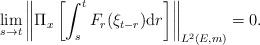
LaTeX: \begin{align*}\lim_{s\to t}\left\|\Pi_{x}\left[\int_{s}^{t}F_{r}(\xi_{t-r}){\rm d}r\right]\right\|_{L^{2}(E,m)}=0.\end{align*}